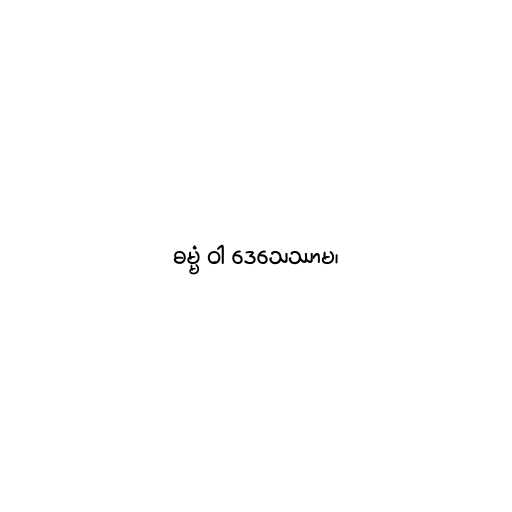
ဓမ္မံ ဝါ ဒေသေဿာမ၊